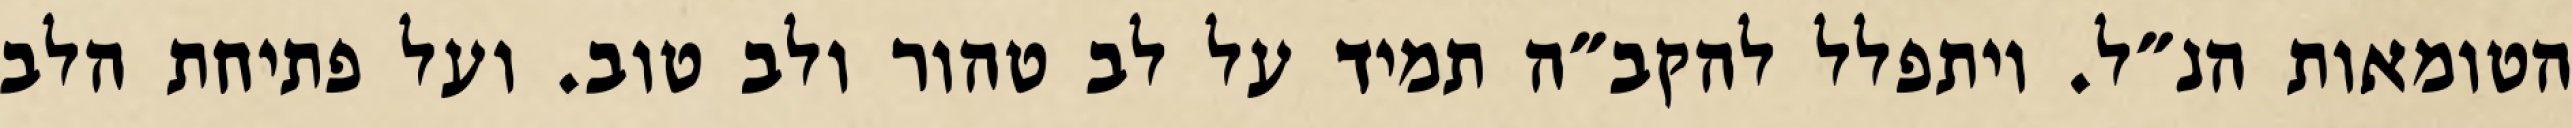
הטומאות הנ״ל. ויתפלל להקב״ה תמיד על לב טהור ולב טוב. ועל פתיחת הלב